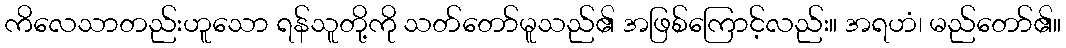
ကိလေသာတည်းဟူသော ရန်သူတို့ကို သတ်တော်မူသည်၏ အဖြစ်ကြောင့်လည်း။ အရဟံ၊ မည်တော်၏။